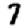
Digit: 7